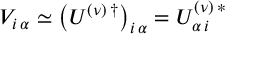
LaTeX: V _ { i \, \alpha } \simeq \left( U ^ { ( \nu ) \, \dagger } \right) _ { i \, \alpha } = U _ { \alpha \, i } ^ { ( \nu ) \, * }